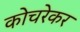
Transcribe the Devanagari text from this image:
कोचरेकर